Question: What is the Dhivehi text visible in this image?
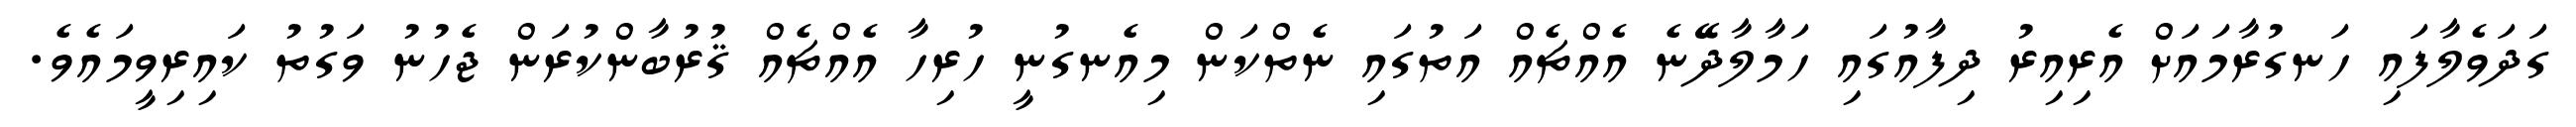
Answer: ގަދަވެލާފައި ހަނގުރާމައަށް އެރިއިރު ދިފާއުގައި ހަމާލާދޭނެ އެއްޗެއް އަތުގައި ނެތްކަން މިއެނގުނީ ހުރިހާ އެއްޗެއް ޤުރުބާންކުރަން ޖެހުނު ވަގުތު ކައިރިވީމައެވެ.